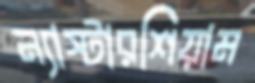
ন্যাস্টারশিয়াম